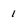
Character: 1